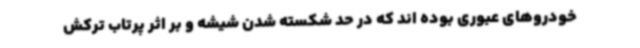
خودروهای عبوری بوده اند که در حد شکسته شدن شیشه و بر اثر پرتاب ترکش